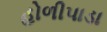
હોળીપાડા